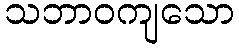
သဘာဝကျသော